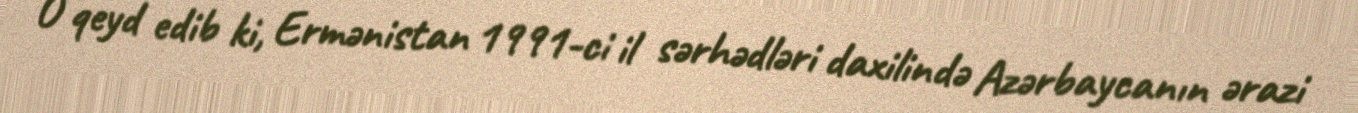
O qeyd edib ki, Ermənistan 1991-ci il sərhədləri daxilində Azərbaycanın ərazi